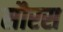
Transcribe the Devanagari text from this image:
सौरस